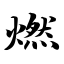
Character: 燃